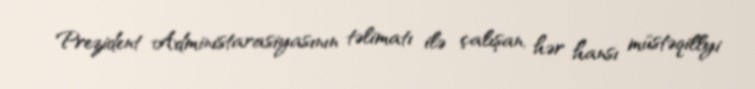
Prezident Administarasiyasının təlimatı ilə çalışan, hər hansı müstəqillyi